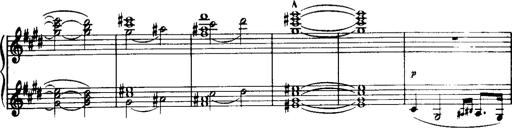
Title: Historische ungarische Bildnisse
Composer: Franz Liszt